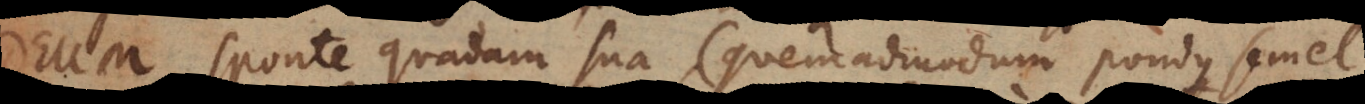
Deum, sponte quadam sua (quemadmodum pondus semel